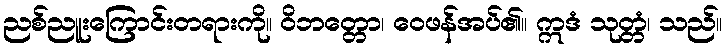
ညစ်ညူးကြောင်းတရားကို။ ဝိဘတ္တော၊ ဝေဖန်အပ်၏။ ဣဒံ သုတ္တံ၊ သည်။